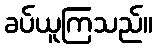
ခပ်ယူကြသည်။